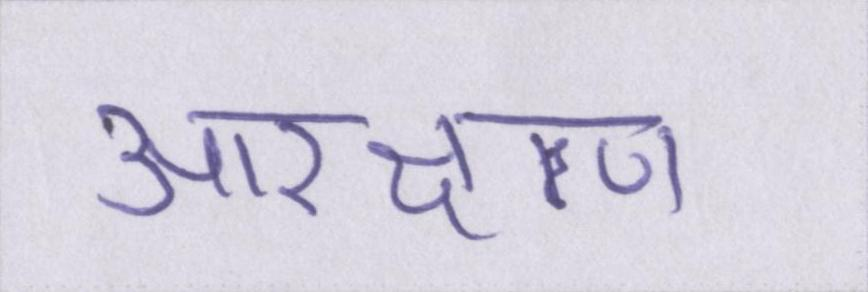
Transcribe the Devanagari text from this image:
आरक्षण